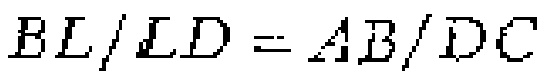
\(BL/LD = AB/DC\)